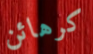
كرهائن